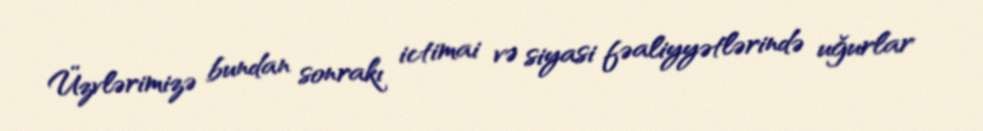
Üzvlərimizə bundan sonrakı ictimai və siyasi fəaliyyətlərində uğurlar